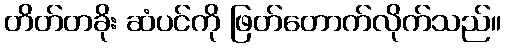
တိတ်တခိုး ဆံပင်ကို ဖြတ်တောက်လိုက်သည်။